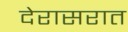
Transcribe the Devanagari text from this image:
देरासरात